Report of the Indian Hemp Drugs Commission, 1894-1895 - Volume IV
Year: 1894
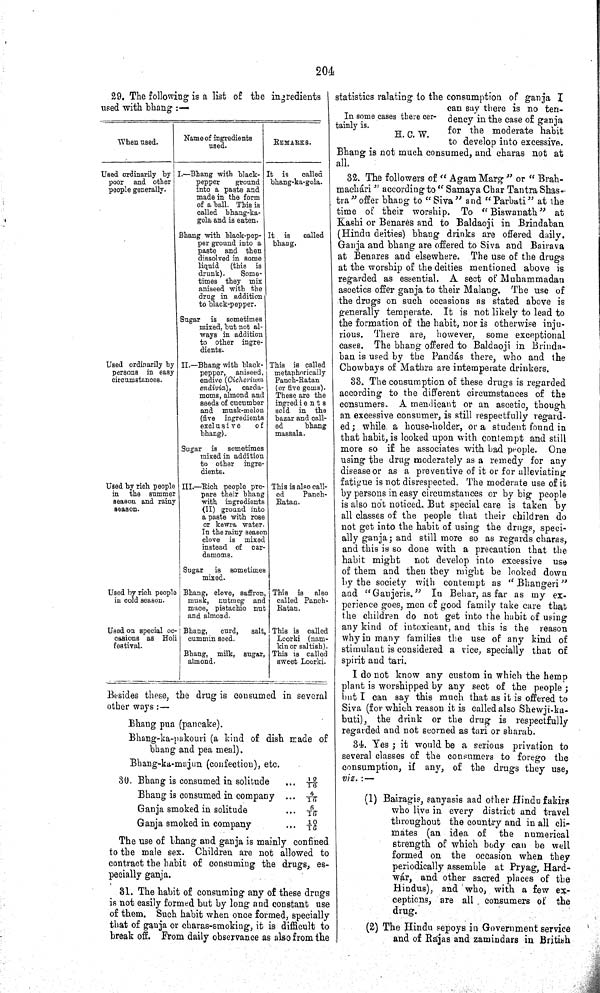
204
29. The following is a list of the ingredients
used with bhang:—
When used.
Name of ingredients
used.
REMARKS.
Used ordinarily by
poor and other
people generally.
I.—Bhang with black-
pepper
ground
into a paste and
made in the form
of a ball. This is
called bhang-ka-
gola and is eaten.
It is
called
bhang-ka-gola.
Bhang with black-pep-
per ground into a
paste and then
dissolved in some
liquid
(this is
drunk).
Some-
times they mix
aniseed with the
drug in addition
to black-pepper.
It is
called
bhang.
Sugar is sometimes
mixed, but not al-
ways in addition
to other ingre-
dients.
Used ordinarily by
persons in easy
circumstances.
II.—Bhang with black-
pepper, aniseed,
endive (Cichorium
endivia),
carda-
moms, almond and
seeds of cucumber
and musk-melon
(five ingredients
exclusive
of
bhang).
This is called
metaphorically
Panch-Ratan
(or five gems).
These are the
ingredients
sold in the
bazar and call-
ed
bhang
massala.
Sugar is sometimes
mixed in addition
to other ingre-
dients.
Used by rich people
in the summer
season and rainy
season.
III.—Rich people pre-
pare their bhang
with ingredients
(II) ground into
a paste with rose
or kewra water.
In the rainy season
clove is mixed
instead of car-
damoms.
This is also call-
ed
Panch-
Ratan.
Sugar
is sometimes
mixed.
Used by rich people
in cold season.
Bhang, clove, saffron,
musk, nutmeg and
mace, pistachio nut
and almond.
This is
also
called Panch-
Ratan.
Used on special oc-
casions as Holi
festival.
Bhang,
curd,
salt,
cummin seed.
This is called
Loorki (nam-
kin or saltish).
Bhang, milk, sugar,
almond.
This is called
sweet Loorki.
Besides these, the drug is consumed in several
other ways:—
Bhang pua (pancake).
Bhang-ka-pakouri (a kind of dish made of
bhang and pea meal).
Bhang-ka-majun (confection), etc.
30. Bhang is consumed in solitude
12/16
Bhang is consumed in company
4/16
Ganja smoked in solitude
6/16
Ganja smoked in company
10/16
The use of bhang and ganja is mainly confined
to the male sex. Children are not allowed to
contract the habit of consuming the drugs, es-
pecially ganja.
31. The habit of consuming any of these drugs
is not easily formed but by long and constant use
of them. Such habit when once formed, specially
that of ganja or charas-smoking, it is difficult to
break off. From daily observance as also from the
In some cases there cer-
tainly is.
H. C. W.
statistics ralating to the consumption of ganja I
can say there is no ten-
dency in the case of ganja
for the moderate habit
to develop into excessive.
Bhang is not much consumed, and charas not at
all.
32. The followers of "Agam Marg" or "Brah-
machári" according to "Samaya Char Tantra Shas-
tra" offer bhang to "Siva" and "Parbati" at the
time of their worship. To "Biswanath" at
Kashi or Benares and to Baldaoji in Brindaban
(Hindu deities) bhang drinks are offered daily.
Ganja and bhang are offered to Siva and Bairava
at Benares and elsewhere. The use of the drugs
at the worship of the deities mentioned above is
regarded as essential. A sect of Muhammadan
ascetics offer ganja to their Malang. The use of
the drugs on such occasions as stated above is
generally temperate. It is not likely to lead to
the formation of the habit, nor is otherwise inju-
rious. There are, however, some exceptional
cases. The bhang offered to Baldaoji in Brinda-
ban is used by the Pandás there, who and the
Chowbays of Mathra are intemperate drinkers.
33. The consumption of these drugs is regarded
according to the different circumstances of the
consumers. A mendicant or an ascetic, though
an excessive consumer, is still respectfully regard-
ed; while a house-holder, or a student found in
that habit, is looked upon with contempt and still
more so if he associates with bad people. One
using the drug moderately as a remedy for any
disease or as a preventive of it or for alleviating
fatigue is not disrespected. The moderate use of it
by persons in easy circumstances or by big people
is also not noticed. But special care is taken by
all classes of the people that their children do
not get into the habit of using the drugs, speci-
ally ganja; and still more so as regards charas,
and this is so done with a precaution that the
habit might
not develop into excessive use
of them and then they might be looked down
by the society with contempt as "Bhangeri"
and "Ganjeris." In Behar, as far as my ex-
perience goes, men of good family take care that
the children do not get into the habit of using
any kind of intoxicant, and this is the reason
why in many families the use of any kind of
stimulant is considered a vice, specially that of
spirit and tari.
I do not know any custom in which the hemp
plant is worshipped by any sect of the
people;
but I can say this much that as it is offered to
Siva (for which reason it is called also Shewji-ka-
buti), the drink or the drug is respectfully
regarded and not scorned as tari or sharab.
34. Yes; it would be a serious privation to
several classes of the consumers to forego the
consumption, if any, of the drugs they use,
viz.:—
(1) Bairagis, sanyasis aad other Hindu fakirs
who live in every district and travel
throughout the country and in all cli-
mates (an idea of
the
numerical
strength of which body can be well
formed on the occasion when they
periodically assemble at Pryag, Hard-
wár, and other sacred places of the
Hindus), and who, with a few ex-
ceptions, are all consumers of the
drug.
(2) The Hindu sepoys in Government service
and of Rájas and zamindars in British